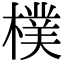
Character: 樸